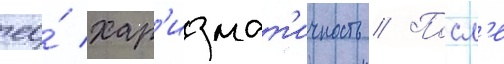
ео́ хар'измат'ичность // Посл'е